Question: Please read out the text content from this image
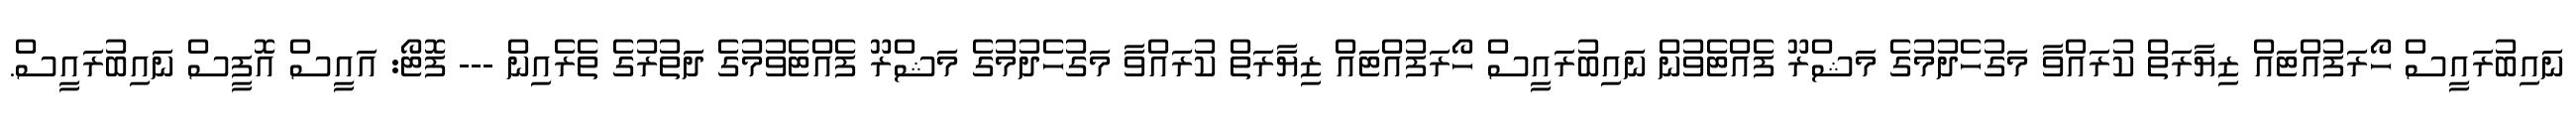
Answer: ނައިބުރައީސް ހޯރަފުއްޓައް ޒިޔާރަތް ކުރައްވާ މަގުހެދުމުގެ މަޝްރޫ ފެއްޓެވުން ނައިބުރައީސް ހޯރަފުއްޓައް ޒިޔާރަތް ކުރައްވާ މަގުހެދުމުގެ މަޝްރޫ ފެއްޓެވުމުގެ ދަތުރުގެ ތެރެއިން --- ފޮޓޯ: އައީސް އޮފީސް ނައިބުރައީސް.